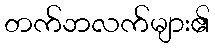
တက်ဘလက်များ၏